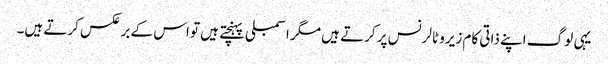
یہی لوگ اپنے ذاتی کام زیرو ٹالرنس پر کرتے ہیں مگر اسمبلی پہنچتے ہیں تو اس کے برعکس کرتے ہیں۔